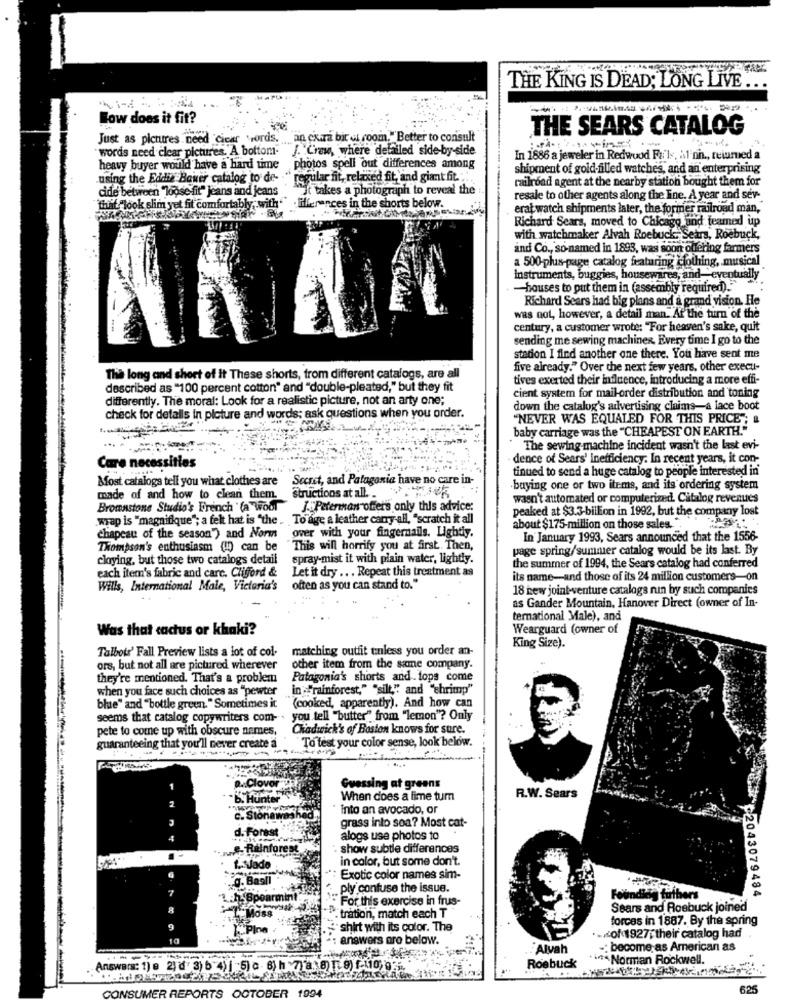
THE KING IS DEAD; LONG LIVE
How does it fit?
THE SEARS CATALOG
Just as pictures need cicar words. . an chara bir of room." Better to consult
words need clear pictures. A bottom- J. Crew, where defailed side-by-side
In 1886 a jeweler in Redwood Falls, il'nin ., returned a
heavy buyer would have a hard time
photos spell out differences among
shipment of gold-filled watches, and an enterprising
.using the Eddie Bauer catalog to de-
regular fit, relaxed fit, and giant fit.
railroad agent at the nearby station bought them for
cide between "loose fit" Jeans and jeans
"It takes a photograph to reveal the
resale to other agents along the Ine. A year and sev-
that "look slim yet fit comfortably, with""
differences in the shorts below.
erat watch shipments later, the former railroad man,
Richard Sears, moved to Chicago and teamed up
with watchmaker Alvah Roebuck Sears, Roebuck,
and Co ., so-named in 1893, was soon offering farmers
a 500 plus-page catalog featuring clothing, musical
instruments, buggies, housewares, and eventually
-houses to put them in (assembly required)."
Richard Sears had big plans and a grand vision. He
was not, however, a detail man. At the turn of the
century, a customer wrote: "For heaven's sake, quit
sending me sewing machines, Every time I go to the
station I find another one there. You have sent me
five already." Over the next few years, other execu-
The long and short of It These shorts, from different catalogs, are all
tives exerted their influence, introducing a more effi-
described as "100 percent cotton" and "double-pleated," but they fit
cient system for mail-order distribution and toning
differently. The moral: Look for a realistic picture, not an arty one;
down the catalog's advertising claims-a lace boot
check for detalls in picture and words; ask questions when you order.
"NEVER WAS EQUALED FOR THIS PRICE"; &
baby carriage was the "CHEAPEST ON EARTH."
The sewing machine incident wasn't the last evi-
dence of Sears' inefficiency. In recent years, it con-
Care necessities
tinued to send a huge catalog to people interested in'
Most catalogs tell you what clothes are
Secret, and Patagonia have no care in-
buying one or two items, and its ordering system
made of and how to clean them.
structions at al ..
wasn't automated or computerized. Catalog revenues
Brownstone Studio's French ' (a Wool
J. Peterman offers only this advice:
peaked at $3.3-billion in 1992, but the company lost
wrap is "magnifique"; a felt hat is "the . To age a leather carry all, "scratch it all
over with your fingernails. Lightly.
about $175-million on those sales. *.
chapeau of the season") and Norm
In January 1993, Sears announced that the 1556-
Thompson's enthusiasm (!) can be
This will horrify you at first. Then,
page spring/summer catalog would be its last. By
cloying, but those two catalogs detail
spray-mist it with plain water, lightly.
each item's fabric and care. Clifford &
Let it dry ... Repeat this treatment as
the summer of 1994, the Sears catalog had conferred
its name-and those of its 24 million customers-on
Wills, International Male, Victoria's
often as you can stand to."
18 new joint venture catalogs nun by such companies
as Gander Mountain, Hanover Direct (owner of In-
ternational Male), and
Was that cactus or khaki?
Wearguard (owner of
King Size).
Talbots' Fall Preview lists a lot of col.
matching outfit unless you order an-
ors, but not all are pictured wherever
other item from the same company.
they're mentioned. That's a problem
Patagonia's shorts and. iops come
when you face such choices as "pewter
in ="rainforest," "silt," and "shrimp"
(cooked, apparently). And how can
blue" and "bottle green. " Sometimes it
seems that catalog copywriters com- . you tell "butter" from "lemon"? Only
pete to come up with obscure names,
Chadwick's of Boston knows for sure.
To test your color sense, look below.
guaranteeing that you'll never create a
Clovor CE!
Guessing at greens
2
b. Hunter
When does a lime tum
R.W. Sears
into an avocado, or
C. Stonawashe
d. Forest
grass into soa? Most cat-
4
alogs use photos to
e- Rainfores
show subtle differences
in color, but some don't.
L. Vado
g. Basil
: Exotic color names sim-
7
.. ply confuse the issue.
:h. Spearmin
For this exercise in frus-
Founding
atufbers
2 2043079484
8
Sears and Roebuck joined
. tration, match each T
forces in 1887. By the spring
9
.Pine
"shirt with its color. The
answers are below.
... of 1927; their catalog had
Alyah
-: become as American as
* *** Norman Rockwell.
Answers: 1) e 2) d' 3) 5 4) | 5) c 6) h 7. 8) 1:9) 1-110 0.
Roebuck
CONSUMER REPORT
1994
625